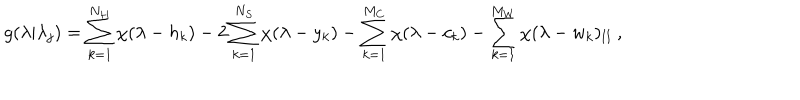
\displaystyle g ( \lambda | \lambda _ { j } ) = \sum _ { k = 1 } ^ { N _ { H } } \chi ( \lambda - h _ { k } ) - 2 \sum _ { k = 1 } ^ { N _ { S } } \chi ( \lambda - y _ { k } ) - \sum _ { k = 1 } ^ { M _ { C } } \chi ( \lambda - c _ { k } ) - \sum _ { k = 1 } ^ { M _ { W } } \chi ( \lambda - w _ { k } ) _ { \mathrm { I I } } \: ,